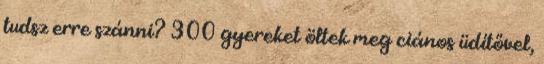
tudsz erre szánni? 300 gyereket öltek meg ciános üdítővel,